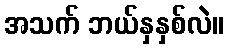
အသက် ဘယ်နှနှစ်လဲ။